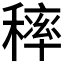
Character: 𥡢